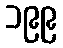
၁၉၉